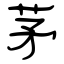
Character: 茅